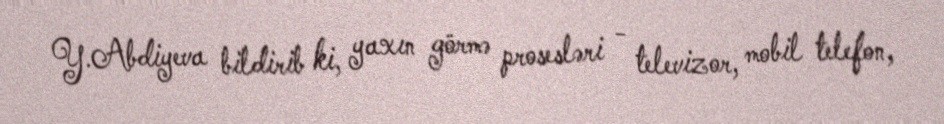
Y.Abdiyeva bildirib ki, yaxın görmə prosesləri - televizor, mobil telefon,